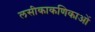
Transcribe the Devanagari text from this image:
लसीकाकणिकाओं